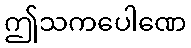
ဤသကပေါဏေ